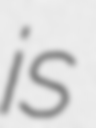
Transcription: is